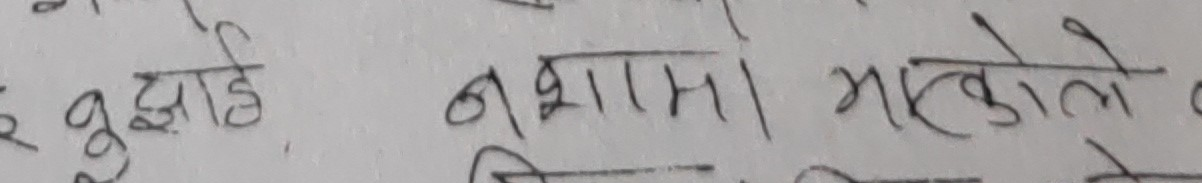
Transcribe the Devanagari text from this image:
बुझाइ नशामा भएकोले